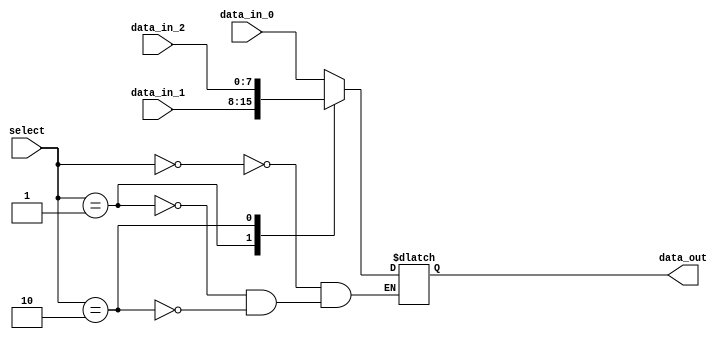
module multiplexer(
  input [7:0] data_in_0,
  input [7:0] data_in_1,
  input [7:0] data_in_2,
  input [2:0] select,
  output reg [7:0] data_out
);

always @(*) begin
  case (select)
    3'd0: data_out = data_in_0;
    3'd1: data_out = data_in_1;
    3'd2: data_out = data_in_2;
  endcase
end

endmodule